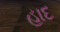
હાદ